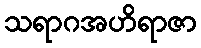
သရာဂအဟိရာဇာ